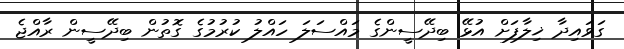
ގަވައިދާ ޚިލާފަށް އުޅޭ ބިދޭސީންގެ މައްސަލަ ހައްލު ކުރުމުގެ ގޮތުން ބިދޭސީން ރާއްޖެ